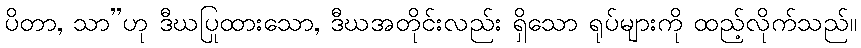
ပိတာ, သာ”ဟု ဒီဃပြုထားသော, ဒီဃအတိုင်းလည်း ရှိသော ရုပ်များကို ထည့်လိုက်သည်။